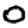
Digit: 0